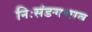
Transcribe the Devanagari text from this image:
निःसंङगभाव